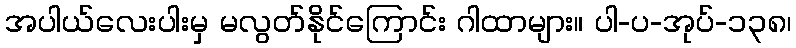
အပါယ်လေးပါးမှ မလွတ်နိုင်ကြောင်း ဂါထာများ။ ပါ-ပ-အုပ်-၁၃၈၊